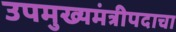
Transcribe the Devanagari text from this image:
उपमुख्यमंत्रीपदाचा